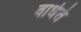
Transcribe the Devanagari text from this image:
वाधेते